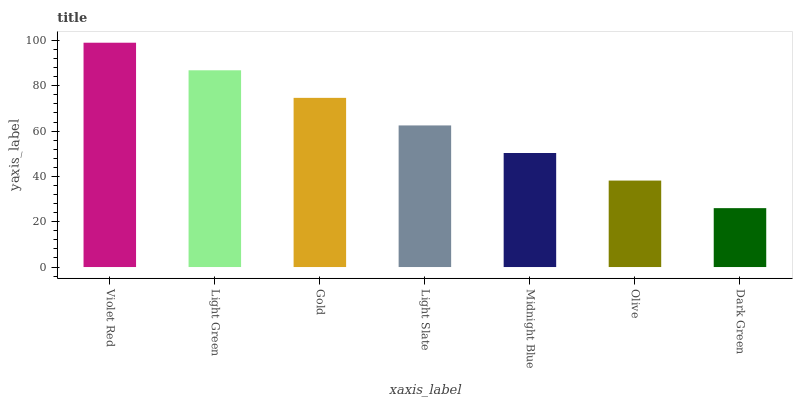
| xaxis_label | bars |
 | --- | --- |
 | Violet Red | 99 |
 | Light Green | 86.8 |
 | Gold | 74.7 |
 | Light Slate | 62.5 |
 | Midnight Blue | 50.3 |
 | Olive | 38.2 |
 | Dark Green | 26 |